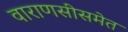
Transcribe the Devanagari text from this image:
वाराणसीसमेत